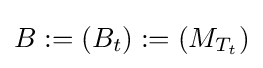
B:=(B_{t}):=(M_{T_{t}})